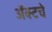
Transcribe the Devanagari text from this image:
ॲक्टचे